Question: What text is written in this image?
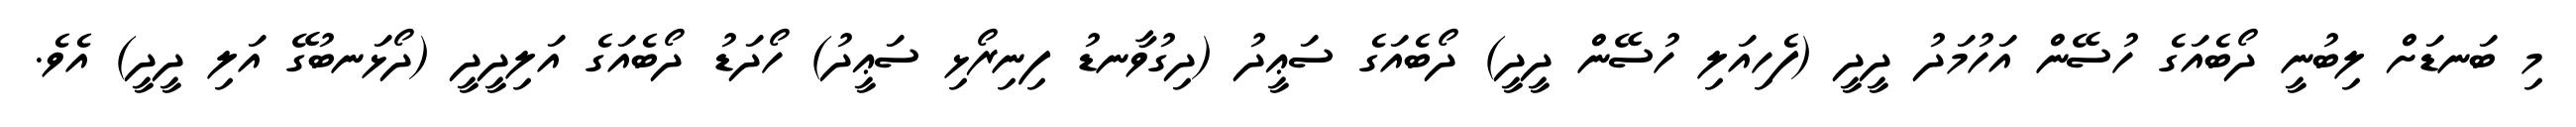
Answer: މި ބަނޑަށް ލިބުނީ ދޯބެއަގެ ހުސޭން އަހުމަދު ދީދީ (ފެހިއަލި ހުސޭން ދީދީ) ދޯބެއަގެ ސަޢީދު (ދިގުވާނޑު ފިނިރޯޅި ސަޢީދު) ހޯދަޑު ދޯބެއަގެ އަލިދީދީ (ދޯޅަނބުގޭ އަލި ދީދީ) އެވެ.